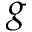
g